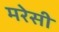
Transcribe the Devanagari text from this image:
मरेसी